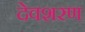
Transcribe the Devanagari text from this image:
देवशरण